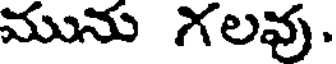
మును గలవు.